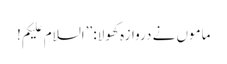
ماموں نے دروازہ کھولا: ’’السلام علیکم!